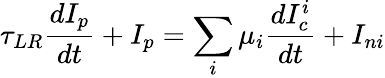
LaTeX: \tau_{LR}\frac{dI_{p}}{dt}+I_{p}=\sum_{i}\mu_{i}\frac{dI_{c}^{i}}{dt}+I_{ni}